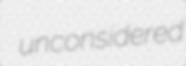
unconsidered